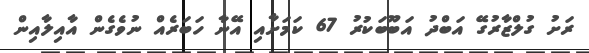
ރަށު ގުލްޒާރުގޭ އަބްދު އަބޫބަކުރު 67 ކަމަށާއި އޭނާ ހަބަރެއް ނުވެގެން އާއިލާއިން